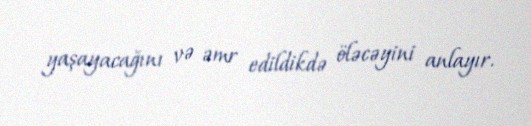
yaşayacağını və əmr edildikdə öləcəyini anlayır.